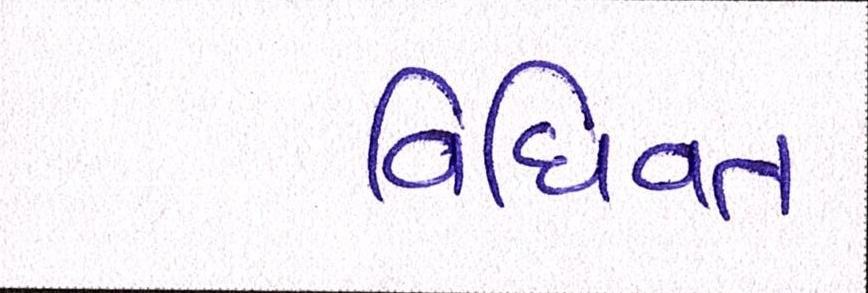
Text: વિધિવત